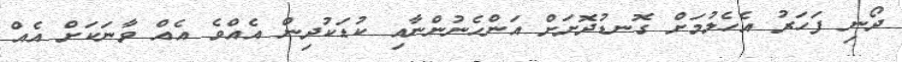
ދޯނި ފަހަރު އެހެލުމަށް ގޮނޑުދޮށަށް އަންހެނުންނާއި ކުޑަކުދިން އެއްވެ އެއް ވާނަކަށް އެއް